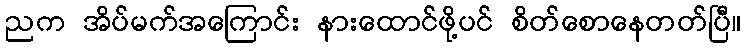
ညက အိပ်မက်အကြောင်း နားထောင်ဖို့ပင် စိတ်စောနေတတ်ပြီ။